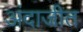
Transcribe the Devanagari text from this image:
अंदाजीत